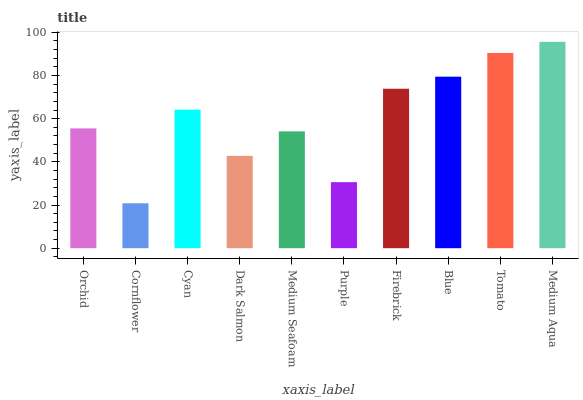
| xaxis_label | bars |
 | --- | --- |
 | Orchid | 55.5 |
 | Cornflower | 20.8 |
 | Cyan | 64.2 |
 | Dark Salmon | 42.8 |
 | Medium Seafoam | 54.1 |
 | Purple | 30.6 |
 | Firebrick | 73.9 |
 | Blue | 79.4 |
 | Tomato | 90.4 |
 | Medium Aqua | 95.6 |